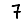
Digit: 7